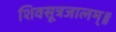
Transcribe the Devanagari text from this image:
शिवसूत्रजालम्॥